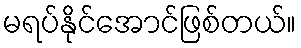
မရပ်နိုင်အောင်ဖြစ်တယ်။